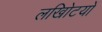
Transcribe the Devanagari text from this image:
लखोिटयों